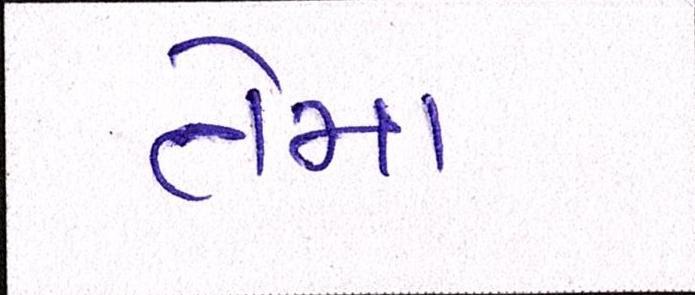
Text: તેમા